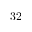
3 2